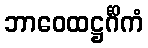
ဘာဝေထဋ္ဌင်္ဂိကံ